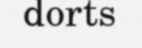
dorts